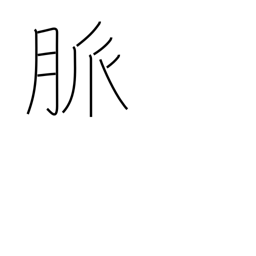
Meaning: pulse